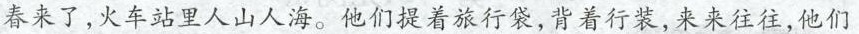
春来了，火车站里人山人海。他们提着旅行袋，背着行装，来来往往，他们